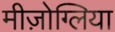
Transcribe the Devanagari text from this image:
मीज़ोग्लिया